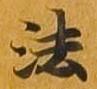
法